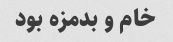
خام و بدمزه بود